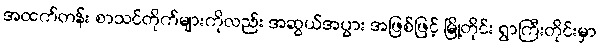
အထက်တန်း စာသင်တိုက်များကိုလည်း အဆွယ်အပွား အဖြစ်ဖြင့် မြို့တိုင်း ရွာကြီးတိုင်းမှာ